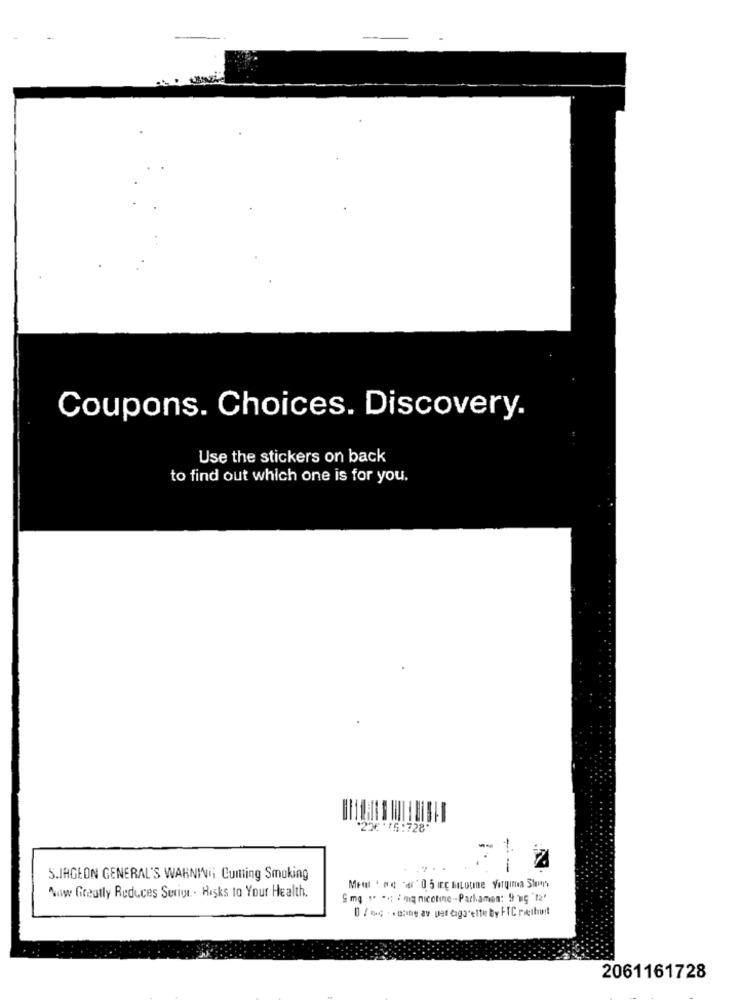
Coupons. Choices. Discovery.
Use the stickers on back
to find out which one is for you.
"236'5:728"
--
5.IHGEON GENERAL'S WARNING CuItting Smoking
Now Greatly Reduces Serie. . Hisks to Your Health.
Smg "* **; / mg nicotine-Pachamen: 9 wg "ta'
0 / %* - * cine av pas cigarette by FTC recibo !!
2061161728